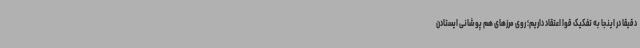
دقیقا در اینجا به تفکیک قوا اعتقاد داریم؛ روی مرزهای هم پوشانی ایستادن